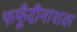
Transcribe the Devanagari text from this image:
फफूँदीनाशक